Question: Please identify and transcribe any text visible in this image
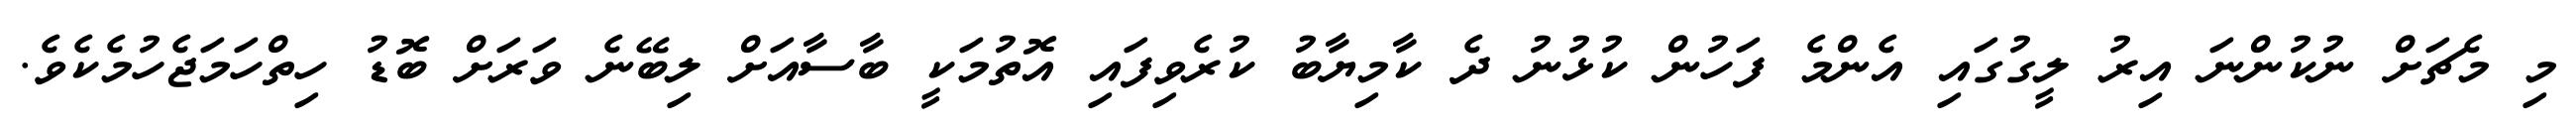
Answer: މި މެޗަށް ނުކުންނަ އިރު ލީގުގައި އެންމެ ފަހުން ކުޅުނު ދެ ކާމިޔާބު ކުރެވިފައި އޮތުމަކީ ބާސާއަށް ލިބޭނެ ވަރަށް ބޮޑު ހިތްހަމަޖެހުމެކެވެ.